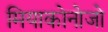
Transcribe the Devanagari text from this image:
मियाकोनोजो